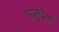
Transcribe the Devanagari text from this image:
पोलुद्नित्सा